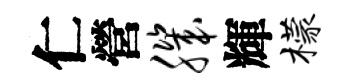
仁營肌輝檬